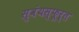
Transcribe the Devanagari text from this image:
स्वंयस्फूर्त